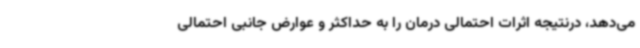
می‌دهد، درنتیجه اثرات احتمالی درمان را به حداکثر و عوارض جانبی احتمالی